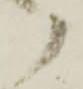
候